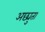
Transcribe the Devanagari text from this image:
अछ्युता